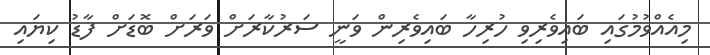
މިއެއްވުމުގައި ބައިވެރިވި ހުރިހާ ބައިވެރިން ވަނީ ސަރުކާރަށް ވަރަށް ބޮޑަށް ފާޑު ކިޔައި